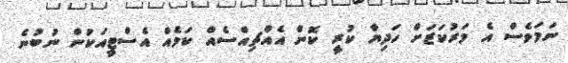
ނަމަވެސް އެ މަރުކަޒަށް ހަދިޔާ ކުރީ ކޮން އެއްޗިއްސެއް ކަމެއް އެސްޓީއަކުން ނުބުނެ